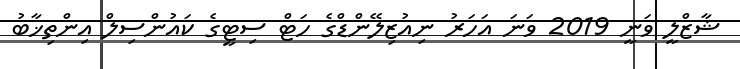
ޝާޒްލީ ވަނީ 2019 ވަނަ އަހަރު ނިއުޒިލޭންޑްގެ ހަޓް ސިޓީގެ ކައުންސިލް އިންތިޚާބު